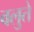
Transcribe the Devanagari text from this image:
वलुते